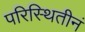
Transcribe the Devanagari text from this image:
परिस्थितीनं